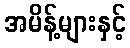
အမိန့်များနှင့်